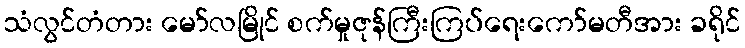
သံလွင်တံတား မော်လမြိုင် စက်မှုဇုန်ကြီးကြပ်ရေးကော်မတီအား ခရိုင်